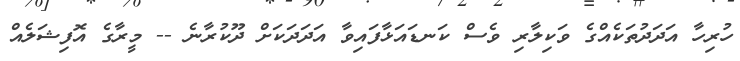
ހުރިހާ އަދަދުތަކެއްގެ ވަކިލާރި ވެސް ކަނޑައަޅާފައިވާ އަދަދަކަށް ދޫކުރާނެ -- މީރާގެ އޮފިޝަލެއް